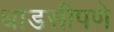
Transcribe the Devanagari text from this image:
धाडसीपणे